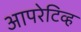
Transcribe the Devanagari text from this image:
आपरेटिव्ह